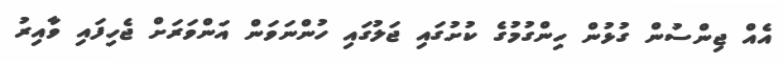
އެއް ޖިންސުން ގުޅުން ހިންގުމުގެ ކުށުގައި ޖަލުގައި ހުންނަވަން އަންވަރަށް ޖެހިފައި ވާއިރު